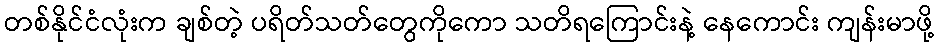
တစ်နိုင်ငံလုံးက ချစ်တဲ့ ပရိတ်သတ်တွေကိုကော သတိရကြောင်းနဲ့ နေကောင်း ကျန်းမာဖို့